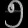
Digit: ၅